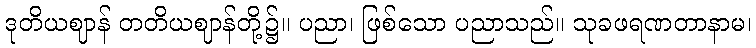
ဒုတိယဈာန် တတိယဈာန်တို့၌။ ပညာ၊ ဖြစ်သော ပညာသည်။ သုခဖရဏတာနာမ၊